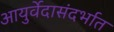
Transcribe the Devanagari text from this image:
आयुर्वेदासंदर्भात